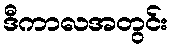
ဒီကာလအတွင်း